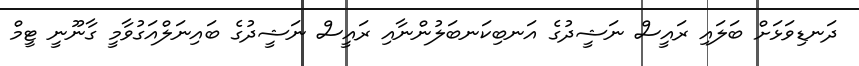
ދަނޑިވަޅަށް ބަލައި ރައީސް ނަޝީދުގެ އަނބިކަނބަލުންނާއި ރައީސް ނަޝީދުގެ ބައިނަލްއަގުވާމީ ގާނޫނީ ޓީމް